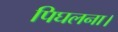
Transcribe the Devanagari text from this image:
पिघलना।